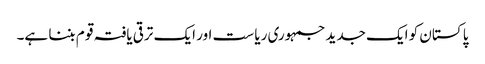
پا کستان کو ایک جدید جمہوری ریا ست اور ایک ترقی یافتہ قو م بننا ہے۔